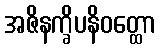
အဇိနက္ခိပနိဝတ္ထော